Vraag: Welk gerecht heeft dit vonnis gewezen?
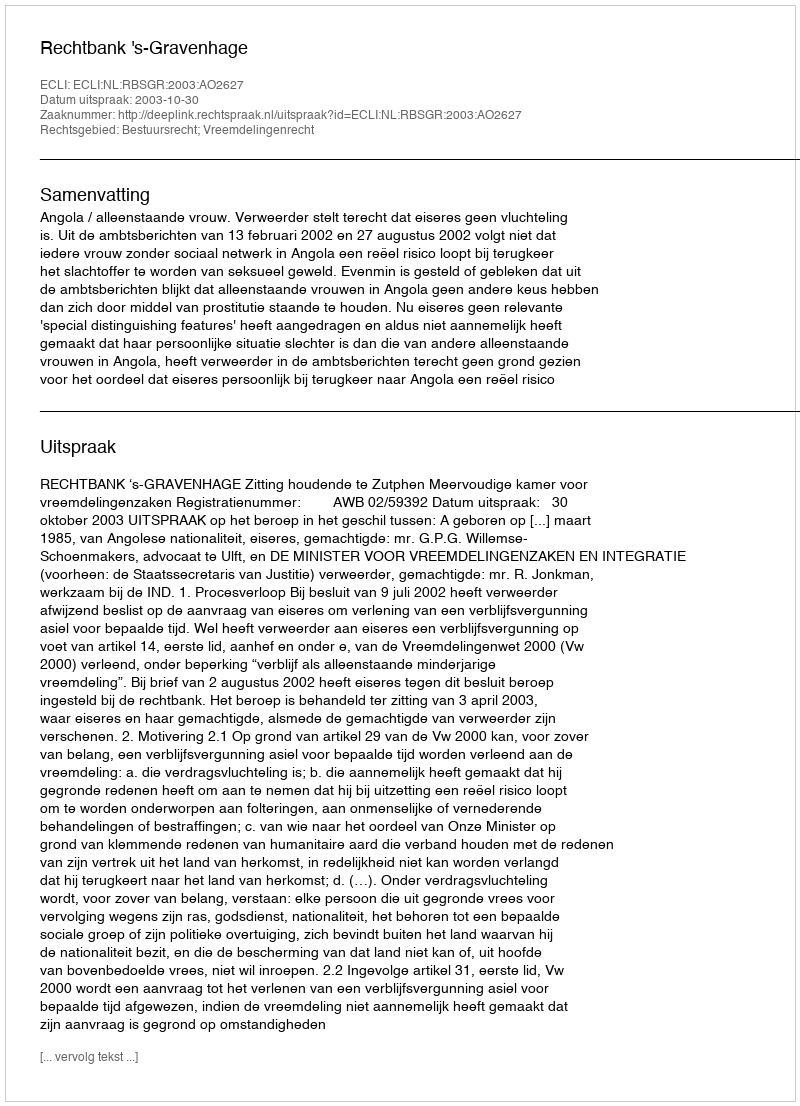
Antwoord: Rechtbank 's-Gravenhage